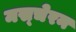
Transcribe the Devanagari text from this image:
मस्चेरन